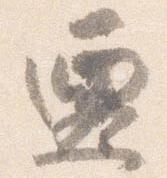
遷